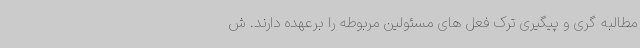
مطالبه گری و پیگیری ترک فعل های مسئولین مربوطه را برعهده دارند. ش